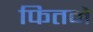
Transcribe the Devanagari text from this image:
फितने